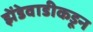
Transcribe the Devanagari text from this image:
झेंडेवाडीकडून